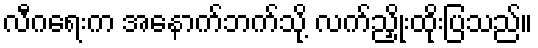
လီဂရေးက အနောက်ဘက်သို့ လက်ညှိုးထိုးပြသည်။